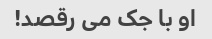
او با جک می رقصد!